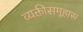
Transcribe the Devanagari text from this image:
व्यक्तीसमूहास